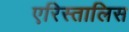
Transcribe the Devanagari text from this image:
एरिस्तालिस